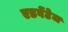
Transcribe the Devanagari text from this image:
एडवेंटेज